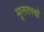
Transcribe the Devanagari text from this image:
मूलतत्त्वों